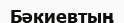
Бәкиевтың